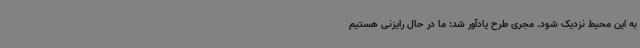
به این محیط نزدیک شود. مجری طرح یادآور شد: ما در حال رایزنی هستیم